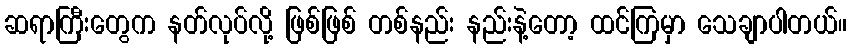
ဆရာကြီးတွေက နတ်လုပ်လို့ ဖြစ်ဖြစ် တစ်နည်း နည်းနဲ့တော့ ထင်ကြမှာ သေချာပါတယ်။